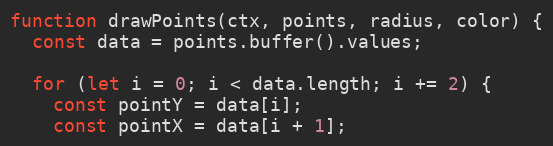
Language: JavaScript
function drawPoints(ctx, points, radius, color) {
  const data = points.buffer().values;

  for (let i = 0; i < data.length; i += 2) {
    const pointY = data[i];
    const pointX = data[i + 1];